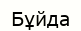
Бұйда